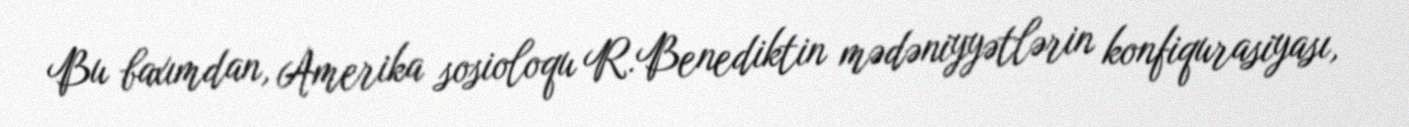
Bu baxımdan, Amerika sosioloqu R.Benediktin mədəniyyətlərin konfiqurasiyası,